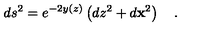
d s ^ { 2 } = e ^ { - 2 y ( z ) } \left( d z ^ { 2 } + d { \bf x } ^ { 2 } \right) \quad .